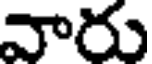
వారు